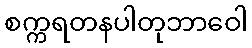
စက္ကရတနပါတုဘာဝေါ